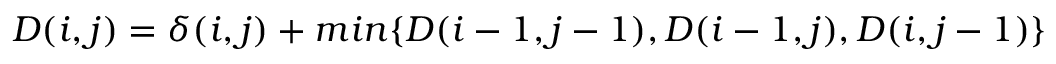
D ( i , j ) = \delta ( i , j ) + m i n \{ D ( i - 1 , j - 1 ) , D ( i - 1 , j ) , D ( i , j - 1 ) \}